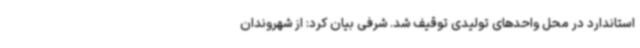
استاندارد در محل واحدهای تولیدی توقیف شد. شرفی بیان کرد: از شهروندان